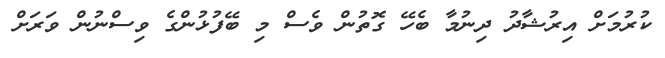
ކުރުމަށް އިރުޝާދު ދިނުމާ ބެހޭ ގޮތުން ވެސް މި ބޭފުޅުންގެ ވިސްނުން ވަރަށް